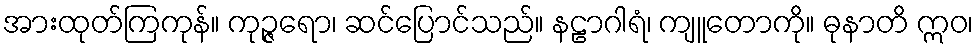
အားထုတ်ကြကုန်။ ကုဉ္ဇရော၊ ဆင်ပြောင်သည်။ နဠာဂါရံ၊ ကျူတောကို။ ဓုနာတိ ဣဝ၊